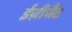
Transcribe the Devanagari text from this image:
ईज़ीजैट